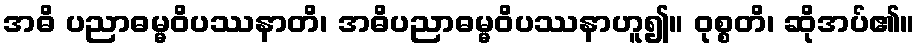
အဓိ ပညာဓမ္မဝိပဿနာတိ၊ အဓိပညာဓမ္မဝိပဿနာဟူ၍။ ဝုစ္စတိ၊ ဆိုအပ်၏။